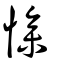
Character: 慘